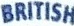
BRITISH